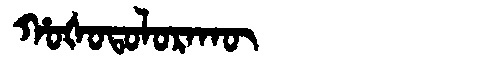
Manchu: ᡥᠣᡧᠣᡨᠣᠯᠣᡵᠠᡴᡡ
Romanization: HOŠOTOLORAKŪ